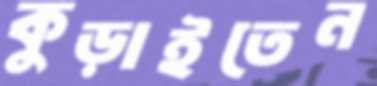
কুড়াইতেন